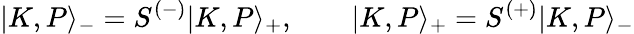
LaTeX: |K,P\rangle_{-}=S^{(-)}|K,P\rangle_{+},\qquad|K,P\rangle_{+}=S^{(+)}|K,P\rangle_{-}